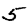
Digit: 5